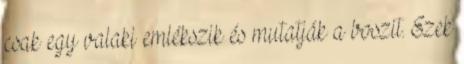
csak egy valaki emlékszik és mutatják a boszit. Ezek